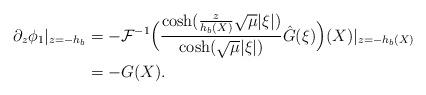
LaTeX: \begin{align*} \partial_z \phi_1|_{z=-h_b} & = - \mathcal{F}^{-1}\Big{(} \frac{\cosh(\frac{z}{h_b(X)}\sqrt{\mu}|\xi|)}{\cosh(\sqrt{\mu}|\xi|)} \hat{G}(\xi)\Big{)}(X)|_{z=-h_b(X)} \\ & = -G(X). \end{align*}